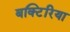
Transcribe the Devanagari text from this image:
बक्टिरिया